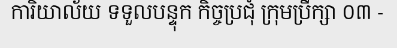
ការិយាល័យ ទទួលបន្ទុក កិច្ចប្រជុំ ក្រុមប្រឹក្សា ០៣ -